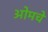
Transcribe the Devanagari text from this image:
ओमचे